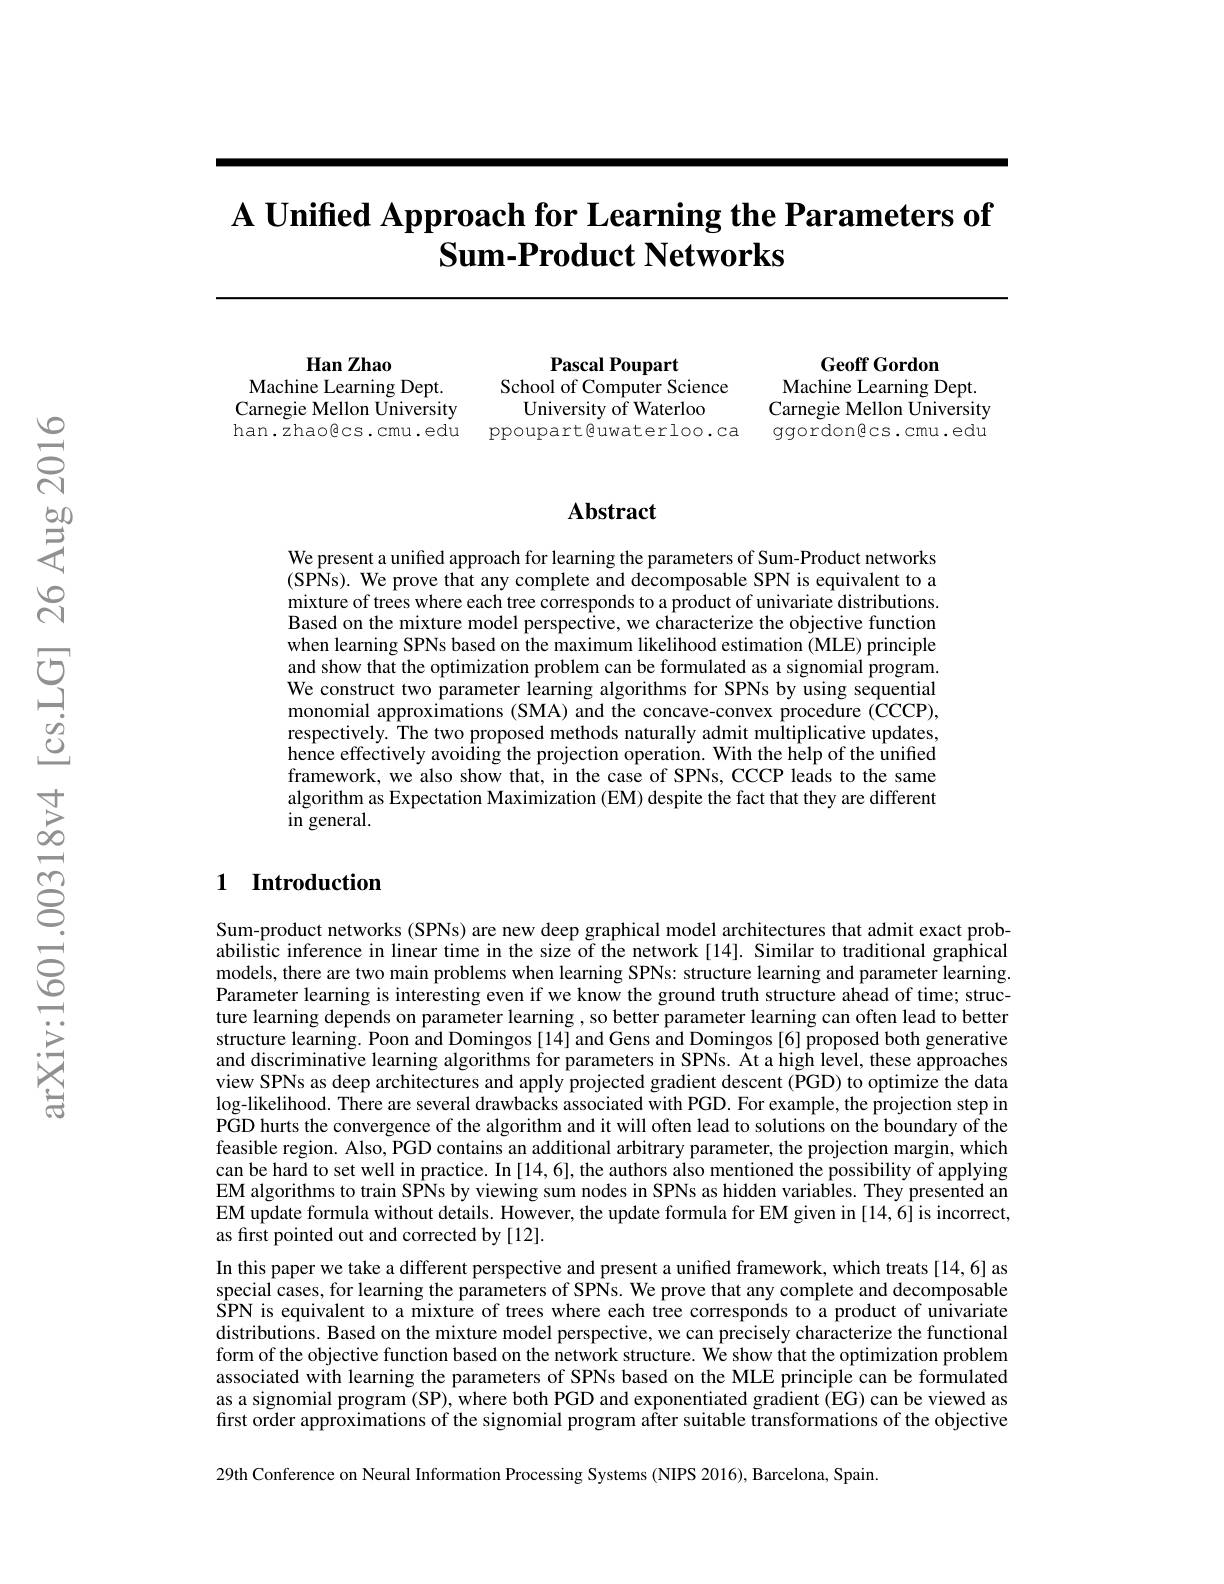
# $\textbf{A Unified Approach for Learning the Parameters of}$ $\textbf{Sum- Product Networks}$

Han Zhao
Machine Learning Dept. Carnegie Mellon University han. zhaogcs. cmu. edu

Pascal Poupart
School of Computer Science
University of Waterloo
ppoupart@uwaterloo.ca

Geoff Gordon
Machine Learning Dept. Carnegie Mellon University ggordongcs.cmu.edu

## Abstract

We present a unified approach for learning the parameters of Sum-Product networks (SPNs). We prove that any complete and decomposable SPN is equivalent to a mixture of trees where each tree corresponds to a product of univariate distributions. Based on the mixture model perspective, we characterize the objective function when learning SPNs based on the maximum likelihood estimation (MLE) principle and show that the optimization problem can be formulated as a signomial program. We construct two parameter learning algorithms for SPNs by using sequential monomial approximations (SMA) and the concave-convex procedure (CCCP), respectively. The two proposed methods naturally admit multiplicative updates, hence effectively avoiding the projection operation. With the help of the unified framework, we also show that, in the case of SPNs, CCCP leads to the same algorithm as Expectation Maximization (EM) despite the fact that they are different in general.

### 1 Introduction

Sum-product networks (SPNs) are new deep graphical model architectures that admit exact probabilistic inference in linear time in the size of the network [14]. Similar to traditional graphical models, there are two main problems when learning SPNs: structure learning and parameter learning. Parameter learning is interesting even if we know the ground truth structure ahead of time; structure learning depends on parameter learning , so better parameter learning can often lead to better structure learning. Poon and Domingos [14] and Gens and Domingos [6] proposed both generative and discriminative learning algorithms for parameters in SPNs. At a high level, these approaches view SPNs as deep architectures and apply projected gradient descent (PGD) to optimize the data $\log$-likelihood. There are several drawbacks associated with PGD. For example, the projection step in PGD hurts the convergence of the algorithm and it will often lead to solutions on the boundary of the feasible region. Also, PGD contains an additional arbitrary parameter, the projection margin, which can be hard to set well in practice. In [14,6], the authors also mentioned the possibility of applying EM algorithms to train SPNs by viewing sum nodes in SPNs as hidden variables. They presented an EM update formula without details. However, the update formula for EM given in [14,6] is incorrect, as first pointed out and corrected by [12].
In this paper we take a different perspective and present a unified framework, which treats [14,6] as special cases, for learning the parameters of SPNs. We prove that any complete and decomposable $\hat{\text{SPN is equivalent to a mixture of trees where each tree corresponds to a product of univariate}}$ distributions. Based on the mixture model perspective, we can precisely characterize the functional form of the objective function based on the network structure. We show that the optimization problem associated with learning the parameters of SPNs based on the MLE principle can be formulated as a signomial program (SP), where both PGD and exponentiated gradient (EG) can be viewed as first order approximations of the signomial program after suitable transformations of the objective

29th Conference on Neural Information Processing Systems (NIPS 2016), Barcelona, Spain